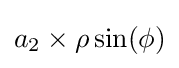
a_{2}\times \rho \sin(\phi )